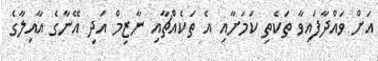
އަށް ވައްދާފައިވާ ތަކެތި ކަމަށާއި އެ ތަކެއްޗާއި ނާޒިމް އަދި އޭނާގެ އާއިލާގެ